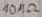
Text: 10MΩ